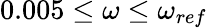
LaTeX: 0.005\leq\omega\leq\omega_{ref}